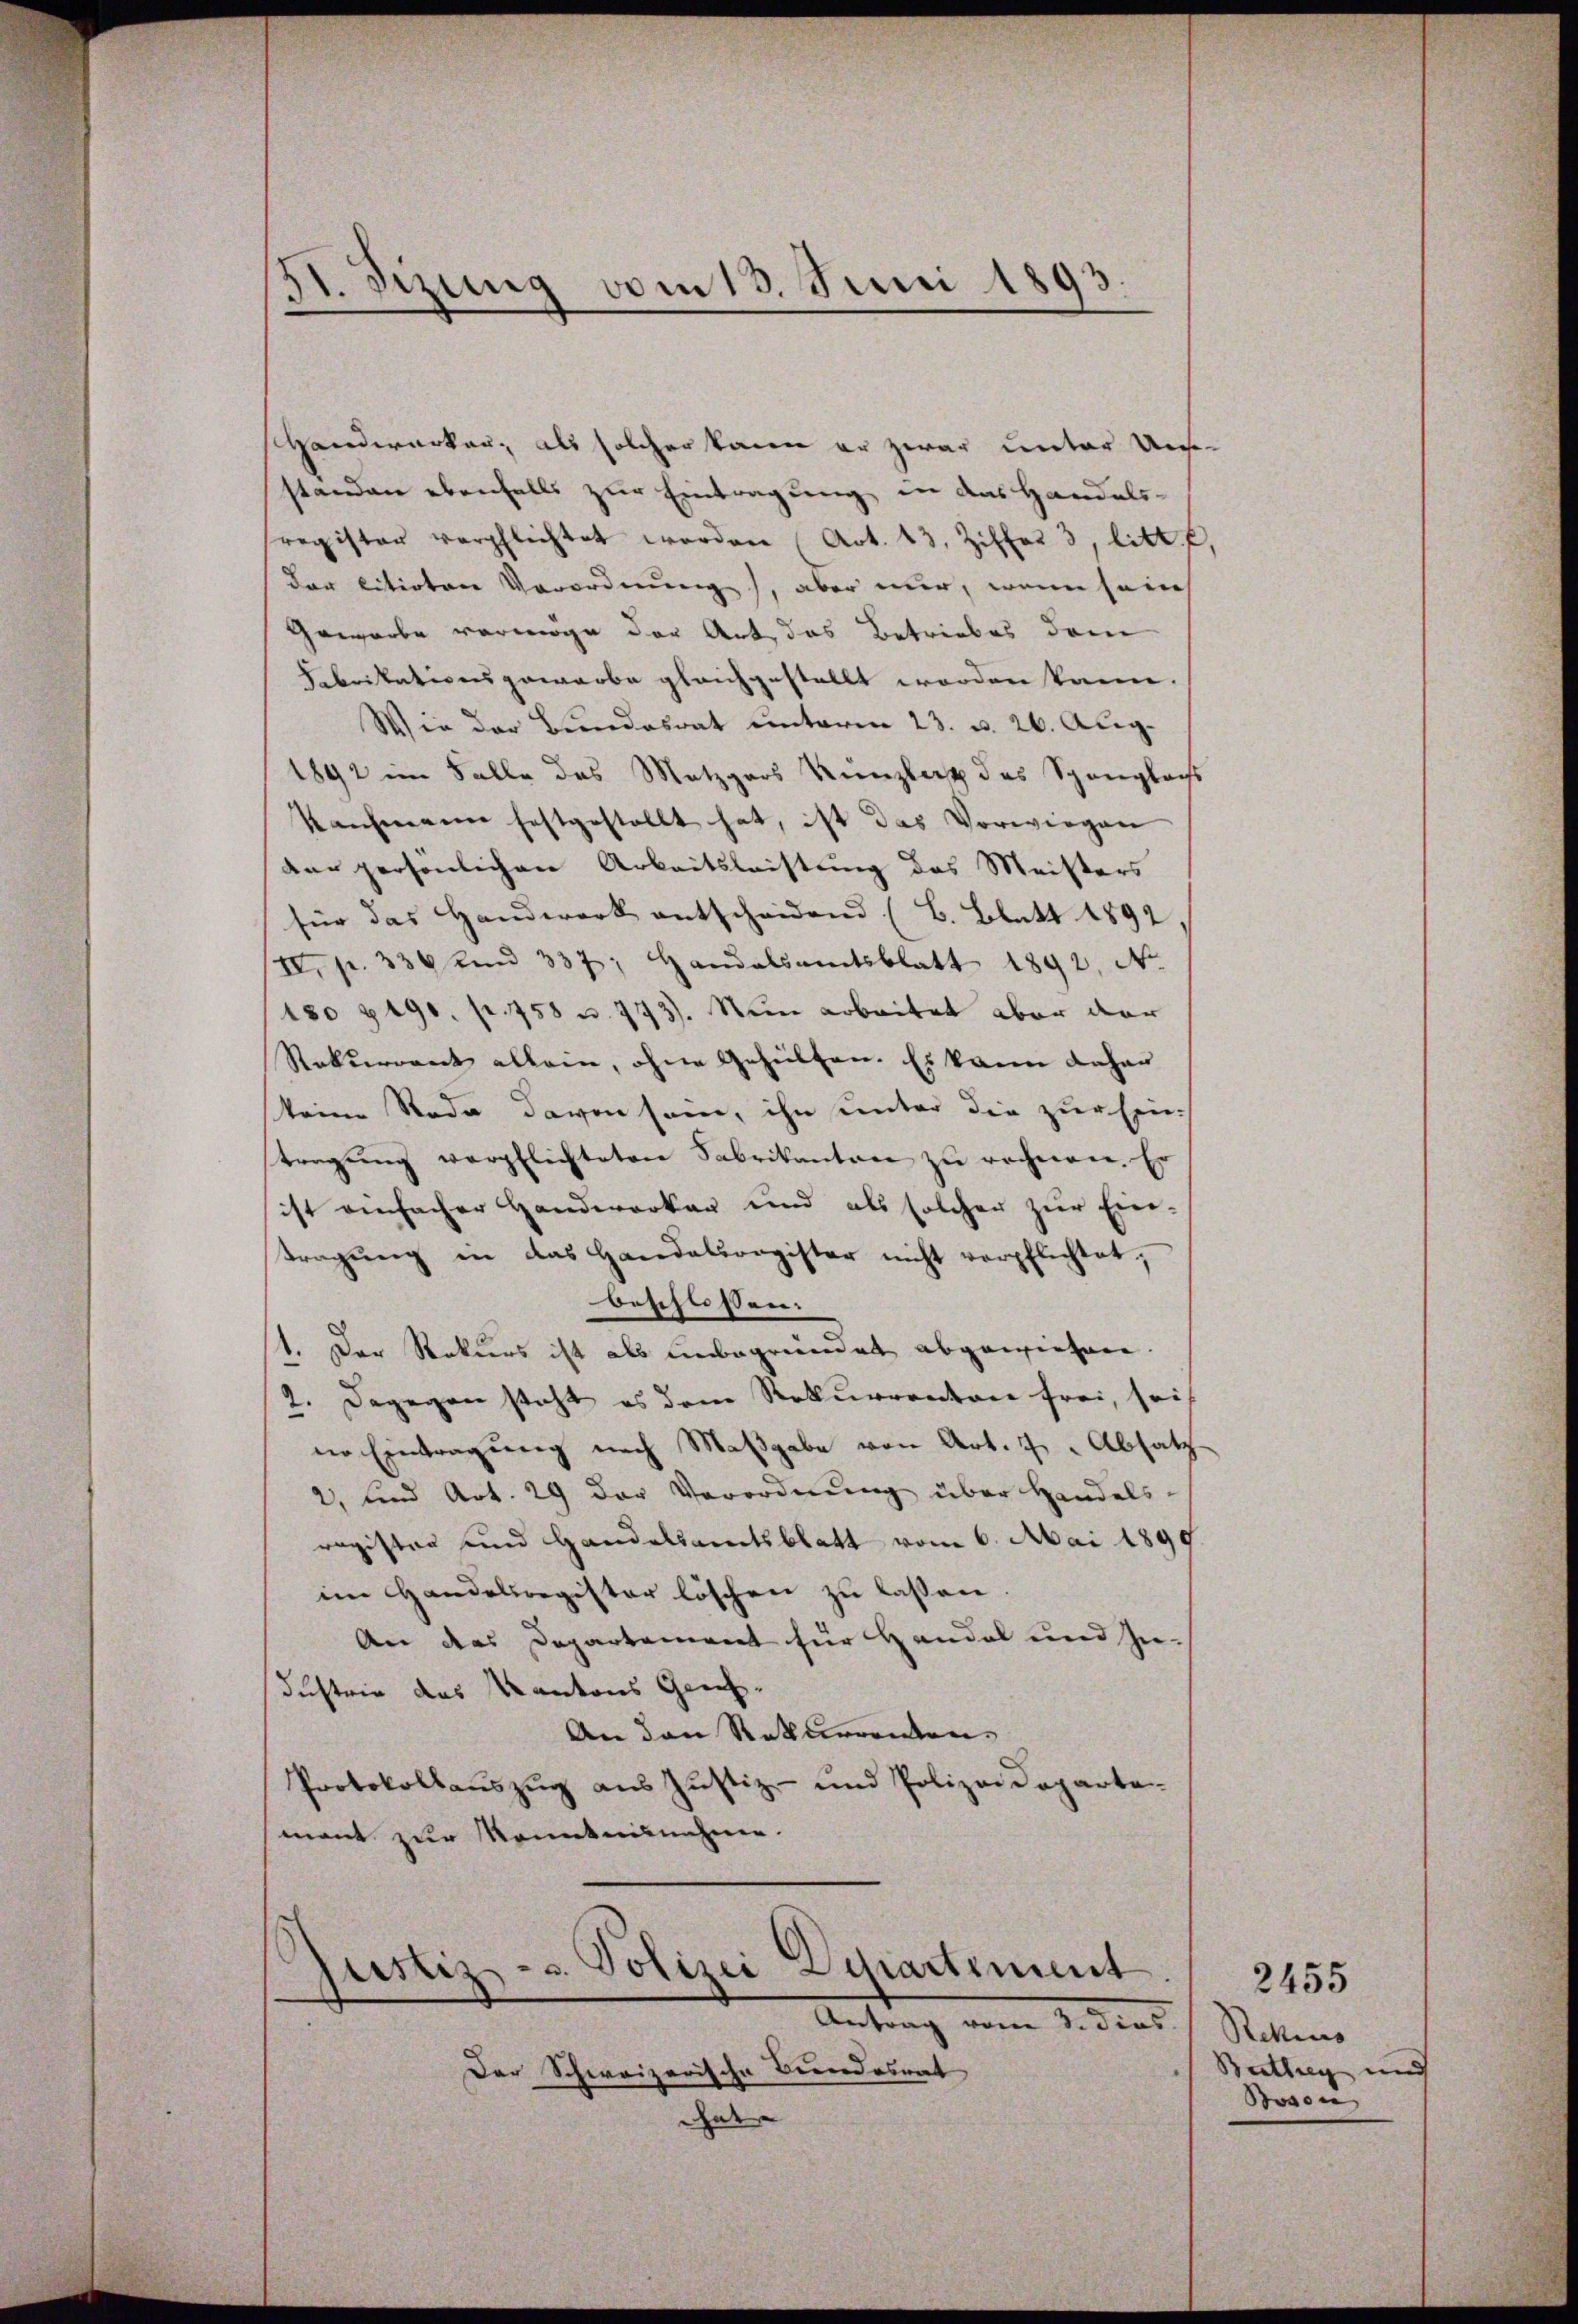
51. Sizung vom 13. Juni 1893

Handwerken, als solcher kann er zwar unter Unsestanden ebenfalls zur Eintragung, in das Handelsregister verpflichtet worden (Art. 43, Ziffer 3, litt. E
der litirten Verordnung), aber nur, wenn sein
Gewerbe vermöge der Art das Betriebes dem
Fabrikationsgewarbe gleichgestellt worden kann.
Wie der Bundesrat unterm 23. u. 26. Aug.
1892 im Falle des Metzgers Kanzlert das Spanglachs
Kaufmann festgestellt hat, ist das Vorwiegen
der persönlichen Arbeitsleistung des Meisters
für das Handwerk entscheidend (B. Blatt 1892
IV. p. 336 und 337, Handalsamtsblatt 1892, No.
180 f 490. p. 758 u. 773). Nun arbeitet aber dar
Rekurrent allein, ohne Gehülfen. Es kann daher
keine Rede davon sei, ihn unter die zur Ein
tragŭng verpflichteten Sabrikanton zu rechnen. Er
ist einfacher Handwerker und als solcher zur Ein-
tragŭng in das Handelsregister nicht verpflichtet;
beschlossen.
1. Der Rokiers ist als unbegründet abgewiesen.
2. Dagegen steht es dem Rekurrenten frei, seit
ne Eintragung nach Maßgabe von Art. 7 Absatz
2, und Art. 29 der Verordnung über Handels-
ragister und Handelsamtsblatt vom 6. Mai 1899.
im Handelsregister löschen zu lassen
An des Departement für Handel und Zudustrie das Kantons Geich¬
An den Rekurrenten,
Protokollauszug aus Justiz- und Polizeideparte-
mant zur Kenntnisnehme.
ustiz- u. Polizei Departement
Antrag vom 3. dies
Der Schweizerische Bundesrat
Diner |

Rettens
Berthey und
Bovon

2455